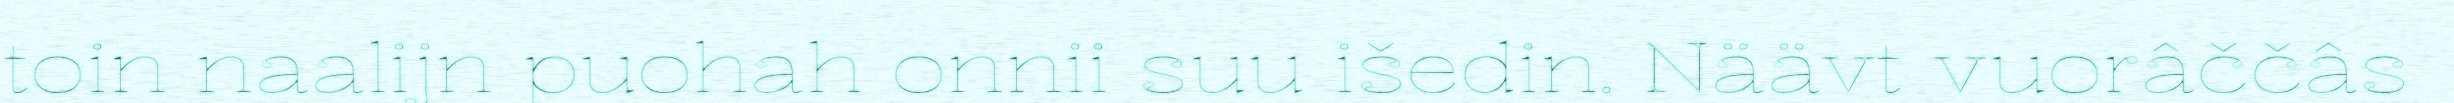
toin naalijn puohah onnii suu išedin. Näävt vuorâččâs